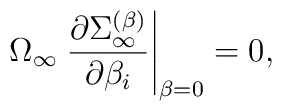
\Omega_\infty \left. {\partial\Sigma_\infty^{(\beta)}\over \partial \beta_i}\right|_{\beta=0}=0,